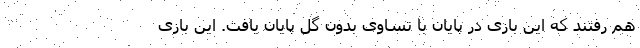
هم رفتند که این بازی در پایان با تساوی بدون گل پایان یافت. این بازی